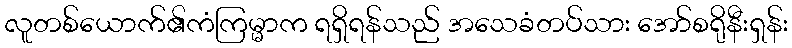
လူတစ်ယောက်၏ကံကြမ္မာက ရရှိရန်သည် အသေခံတပ်သား အော်စရိုနီးရှန်း